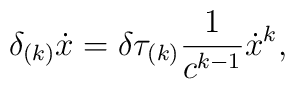
\delta_{(k)} \dot{x} =\delta \tau _{(k)} \frac{1}{c^{k-1}} \dot{x}^{k}  ,